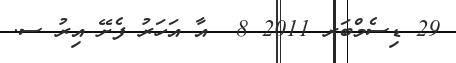
29 ޑިސެމްބަރ 2011 8  އާ އަހަރު ފެށޭ އިރު ސ.